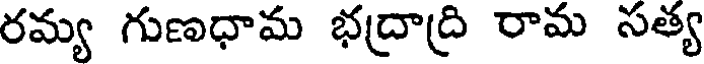
రమ్య గుణధామ భద్రాద్రి రామ సత్య